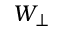
W _ { \perp }